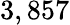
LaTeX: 3,857